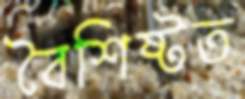
বৈশিষ্টত